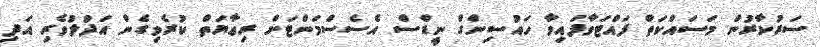
ސަރުކާރުން މަސައްކަތް ފައްޓަވާފައިވާ ހައުސިންގް ނީޑްސް އެސެސްމަންޓަށް ރިޢާޔަތް ކުރެވިގެން އަދުލުވެރި އަދި